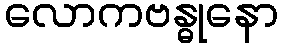
လောကဗန္ဓုနော